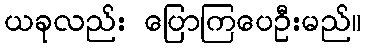
ယခုလည်း ပြောကြပေဦးမည်။